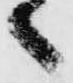
々